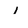
Character: 1